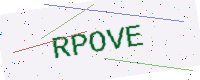
Text: RPOVE